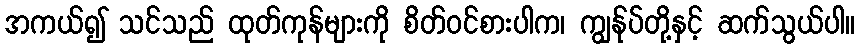
အကယ်၍ သင်သည် ထုတ်ကုန်များကို စိတ်ဝင်စားပါက၊ ကျွန်ုပ်တို့နှင့် ဆက်သွယ်ပါ။